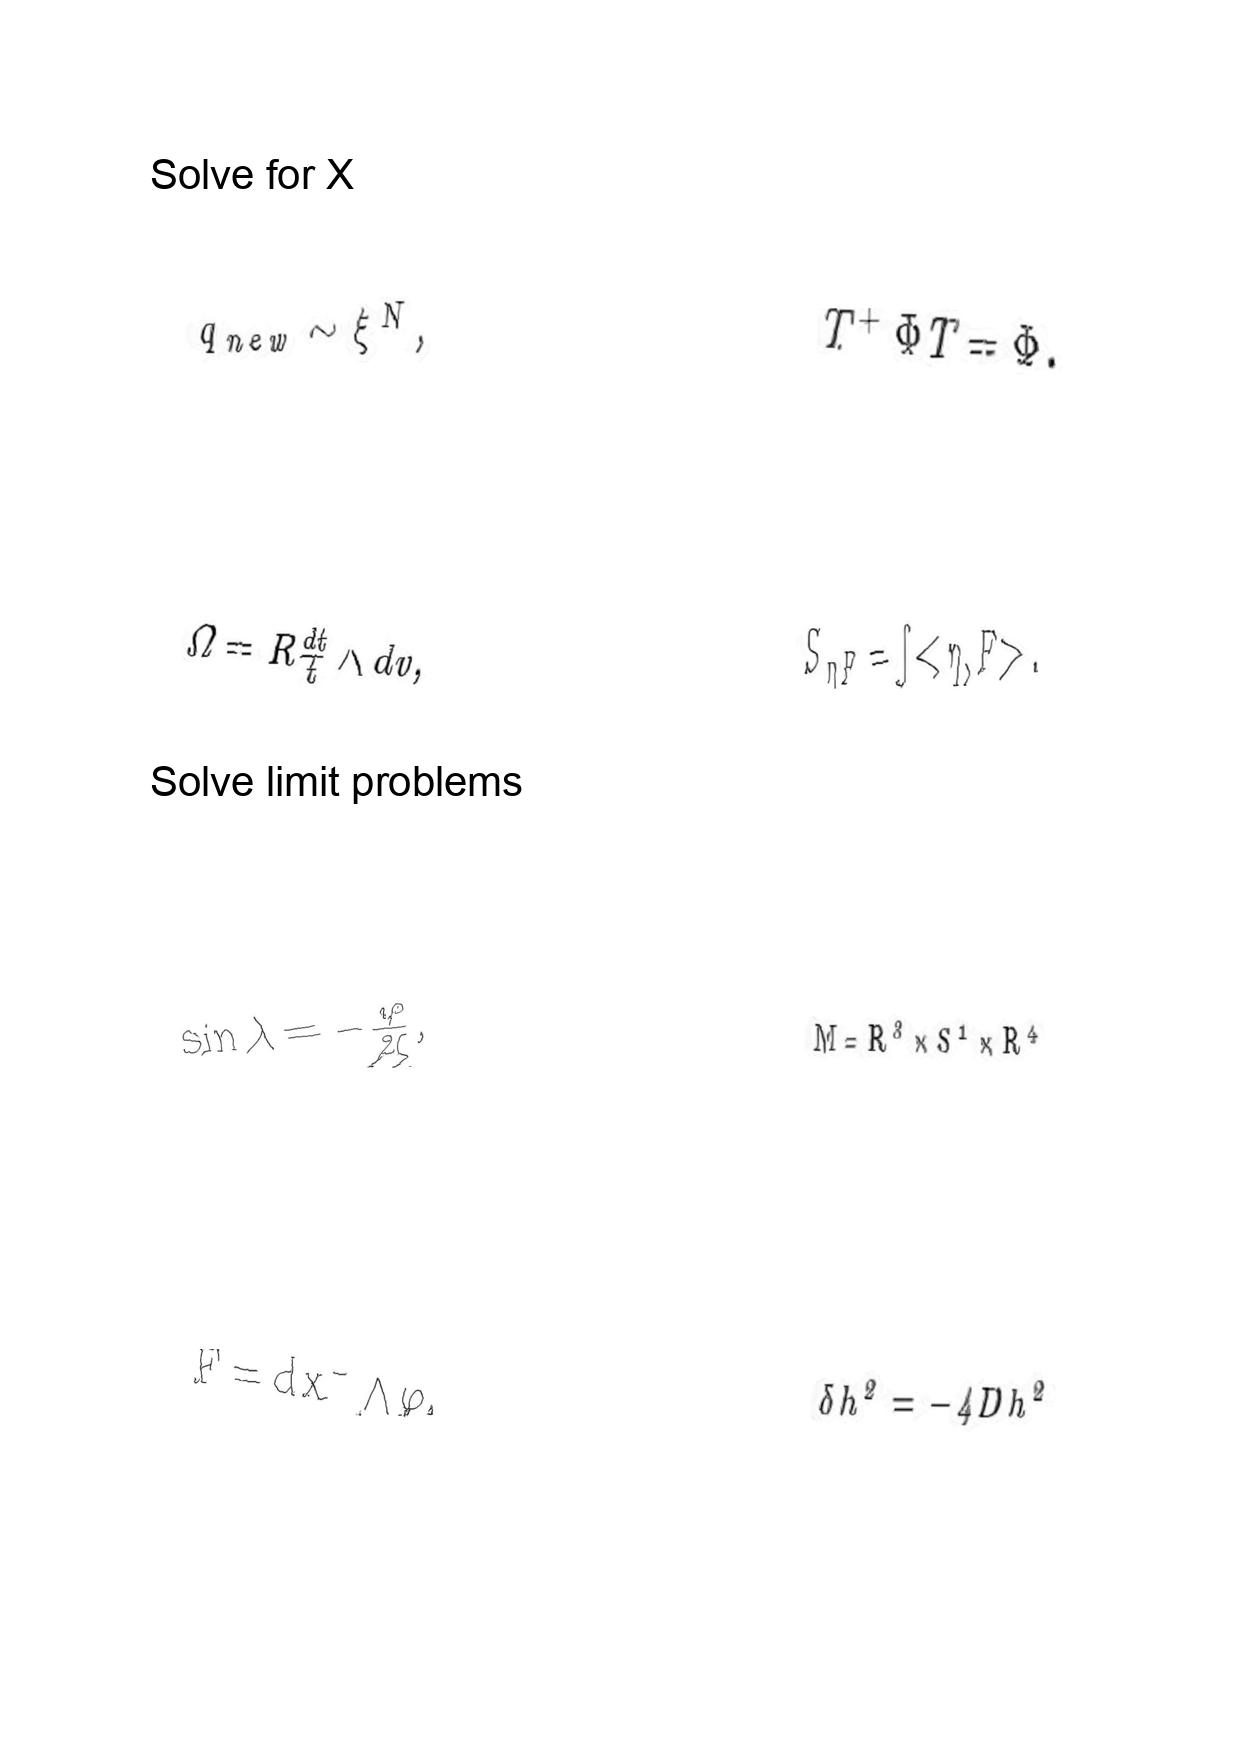
LaTeX transcription:
q _ { n e w } \sim \xi ^ { N } ,
\Omega = R \frac { d t } { t } \wedge d v ,
\sin \lambda = - \frac { i \rho } { 2 \zeta } ,
F = d x ^ { - } \wedge \varphi ,
T ^ { + } \Phi T = \Phi .
S _ { \eta F } = \int \lt \eta , F \gt .
M = R ^ { 3 } \times S ^ { 1 } \times R ^ { 4 }
\delta h ^ { 2 } = - 4 D h ^ { 2 }